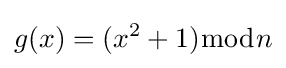
g(x)=(x^{2}+1){\bmod {n}}